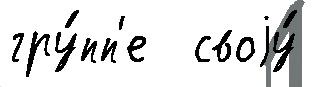
гру́пп'е  своjу́